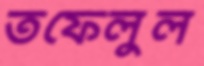
তফেলুল